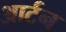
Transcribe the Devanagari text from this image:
आर्टन